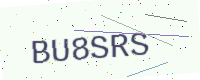
Text: BU8SRS